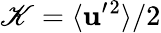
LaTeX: \mathscr{K}=\langle{{\mathbf{{u}}}^{\prime}{}^{2}}\rangle/2